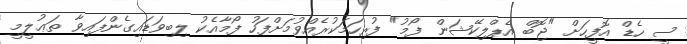
ސީ ހެޑް އޮފީހަށް "ޖޮބް އެޕްލިކޭޝަން ފޯމު" ފުރިހަމަކުރެއްވުމަށްފަހު ފޯމާއެކު ލިބިވަޑައިގެންފައިވާ ތަޢުލީމީ